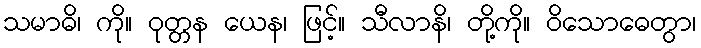
သမာဓိ၊ ကို။ ဝုတ္တန ယေန၊ ဖြင့်။ သီလာနိ၊ တို့ကို။ ဝိသောဓေတွာ၊